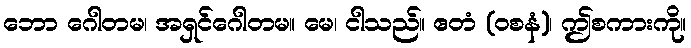
ဘော ဂေါတမ၊ အရှင်ဂေါတမ။ မေ၊ ငါသည်။ ဧတံ (ဝစနံ)၊ ဤစကားကို။